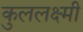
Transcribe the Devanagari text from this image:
कुललक्ष्मी